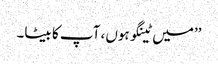
’’میں ٹینگو ہوں، آپ کا بیٹا۔